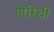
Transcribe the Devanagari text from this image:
गोरिची